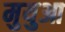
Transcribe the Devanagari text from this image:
मुयुआ